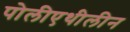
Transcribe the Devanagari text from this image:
पोलीएथीलीन